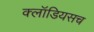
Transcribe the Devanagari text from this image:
क्लॉडियसच